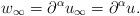
LaTeX: \begin{align*} w_\infty = \partial^\alpha u_\infty = \partial^\alpha u. \end{align*}